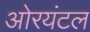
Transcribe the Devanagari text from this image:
ओरयंटल